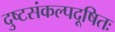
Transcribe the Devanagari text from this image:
दुष्टसंकल्पदूषितः